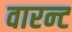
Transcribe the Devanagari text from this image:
वारन्‍ट